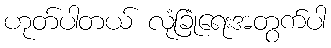
ဟုတ်ပါတယ် လုံခြုံရေးအတွက်ပါ